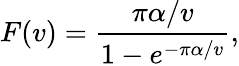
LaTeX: F(v)=\frac{\pi\alpha/v}{1-e^{-\pi\alpha/v}},